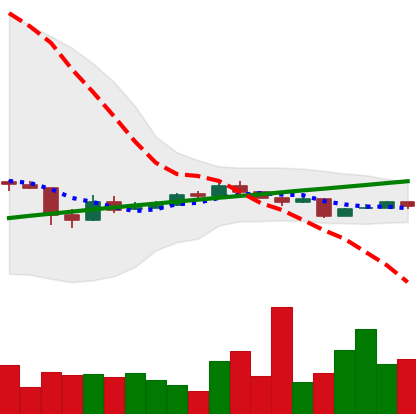
Ticker: BTC-USD
Chart end date: 2016-08-31
Forward return: 5.407%
Label: up_5_7